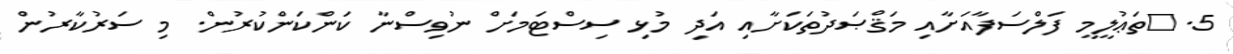
5.	ތަޢުލީމީ ފަލްސަފާއަށާއި މަޤްޞަދުތަކަށާއި އަދި މުޅި ސިސްޓަމަށް ނުވިސްނާ ކަންކަންކުރުން. މި ސަރުކާރުން